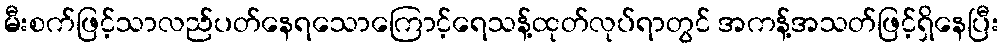
မီးစက်ဖြင့်သာလည်ပတ်နေရသောကြောင့်ရေသန့်ထုတ်လုပ်ရာတွင် အကန့်အသတ်ဖြင့်ရှိနေပြီး